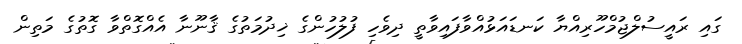
ގައި ރައީސުލްޖުމްހޫރިއްޔާ ކަނޑައަޅުއްވާފައިވާތީ ދިވެހި ފުލުހުންގެ ޚިދުމަތުގެ ޤާނޫނާ އެއްގޮތްވާ ގޮތުގެ މަތިން